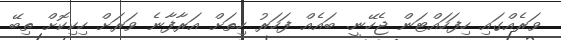
ވަރެއްގައި ހިފަހައްޓަން ޖެހޭނީ. ބައެއް ފަހަރު ހިތަށް އަރާފާނެ ވަރަށް ހިކިކޮށް ތިބޭ